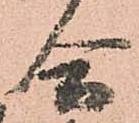
合